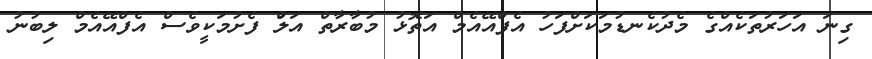
ގިނަ އަހަރުތަކެއްގެ މެދުކެނޑުމަކަށްފަހު އެފްއޭއެމް އަތޮޅު މުބާރާތް އަލުް ފެށުމަކީވެސް އެފްއޭއެމް ލިބުނު